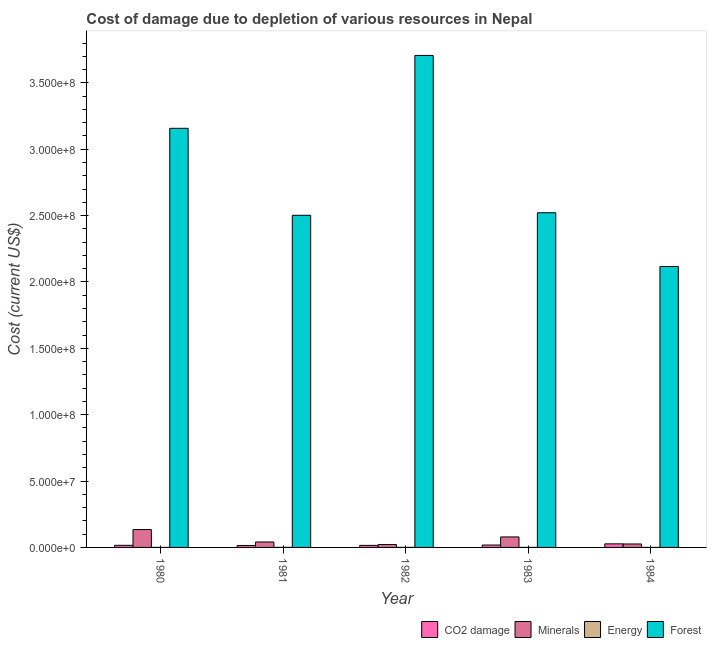
| Year | CO2 damage | Minerals | Energy | Forest |
 | --- | --- | --- | --- | --- |
 | 1980 | 1.59e+06 | 1.35e+07 | 1.29e+04 | 3.16e+08 |
 | 1981 | 1.47e+06 | 4.1e+06 | 2.94e+04 | 2.5e+08 |
 | 1982 | 1.54e+06 | 2.18e+06 | 3.48e+04 | 3.71e+08 |
 | 1983 | 1.81e+06 | 7.91e+06 | 1.91e+04 | 2.52e+08 |
 | 1984 | 2.69e+06 | 2.6e+06 | 1.23e+04 | 2.12e+08 |